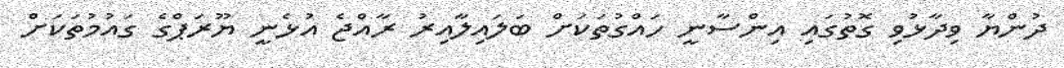
ދުންޔާ ވިދާޅުވި ގޮތުގައި އިންސާނީ ހައްގުތަކަށް ބަލައިލާއިރު ރާއްޖެ އުޅެނީ ޔޫރަޕްގެ ގައުމުތަކަށް